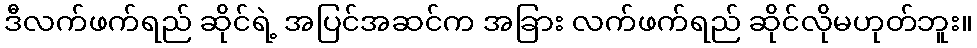
ဒီလက်ဖက်ရည် ဆိုင်ရဲ့ အပြင်အဆင်က အခြား လက်ဖက်ရည် ဆိုင်လိုမဟုတ်ဘူး။